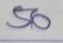
50